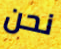
نحن